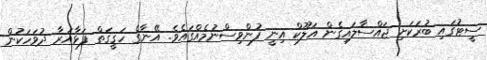
ސީޓުގައި ބުރަކަށި ޖައްސާލައިގެން އަލޫކް އިނީ ފުންވިސްނުމެއްގައެވެ. އޭނާގެ ހަޤީޤަތް ފަޅާއަރާ ދުވަހަކުން